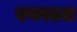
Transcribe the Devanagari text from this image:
एयरटल